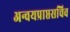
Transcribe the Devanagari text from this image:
अन्वयप्राप्तसचिव